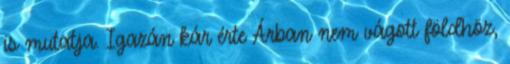
is mutatja. Igazán kár érte Árban nem vágott földhöz,